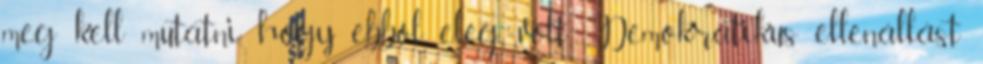
meg kell mutatni, hogy ebből elég volt Demokratikus ellenállást